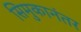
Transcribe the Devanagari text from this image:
सिमुकानंतर